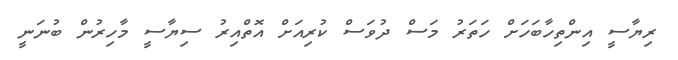
ރިޔާސީ އިންތިހާބަހަށް ހަތަރު މަސް ދުވަސް ކުރިއަށް އޮތްއިރު ސިޔާސީ މާހިރުން ބުނަނީ